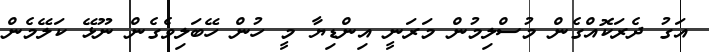
އަގު ދެރަކޮއްގެން މުސްލިމުން މަރަނީ އިންޑިޔާ މީ ހުން ހޭބަލިވެގެން ނޫޅޭ ކަލޭމެން